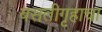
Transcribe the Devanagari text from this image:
वसतीगृहाचा